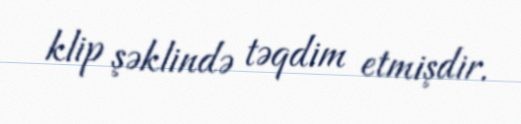
klip şəklində təqdim etmişdir.